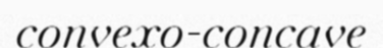
convexo-concave